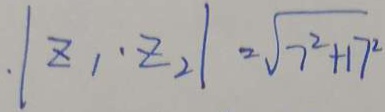
\vert z _ { 1 } \cdot z _ { 2 } \vert = \sqrt { 7 ^ { 2 } + 1 7 ^ { 2 } }